Document type: Grant
Year: 1445
Scribe: Antoni Gomar
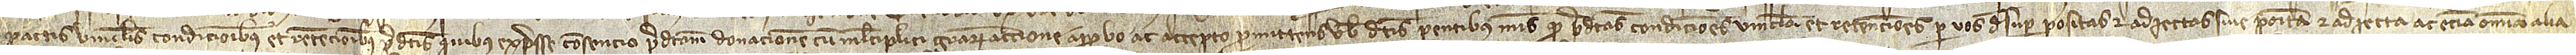
pactis, vinculis, condicionibus et retencionibus predictis, quibus expresse consencio, predictam donacionem cum multiplici gratiarum accione approbo ac accepto, promittens vobis dictis parentibus meis quod predictas condiciones, vincula et retenciones per vos desuper positas et adiectas sive posita et adiecta, ac etiam omnia alia